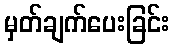
မှတ်ချက်ပေးခြင်း